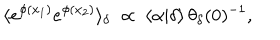
\langle e ^ { \phi ( x _ { 1 } ) } e ^ { \phi ( x _ { 2 } ) } \rangle _ { \delta } ~ \propto ~ \langle \alpha | \delta \rangle \, \theta _ { \delta } ( 0 ) ^ { - 1 } ,